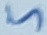
Text: 5